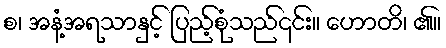
စ၊ အနံ့အရသာနှင့် ပြည့်စုံသည်၎င်း။ ဟောတိ၊ ၏။